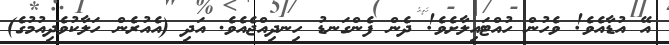
އޭ އުޑާއެވެ! ވެހުން ހުއްޓައިލާށެވެ! ދެން ފެންގަނޑު ހިނދިއްޖެއެވެ. އަދި (އެއުރެން ހަލާކުވެދިއުމުގެ)